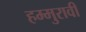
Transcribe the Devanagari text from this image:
हम्मुरावी